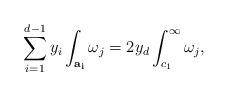
LaTeX: \begin{align*}\sum_{i=1}^{d-1}y_i\int_{\bf {a_i}}\omega_j=2y_d\int_{c_1}^\infty \omega_j,\end{align*}